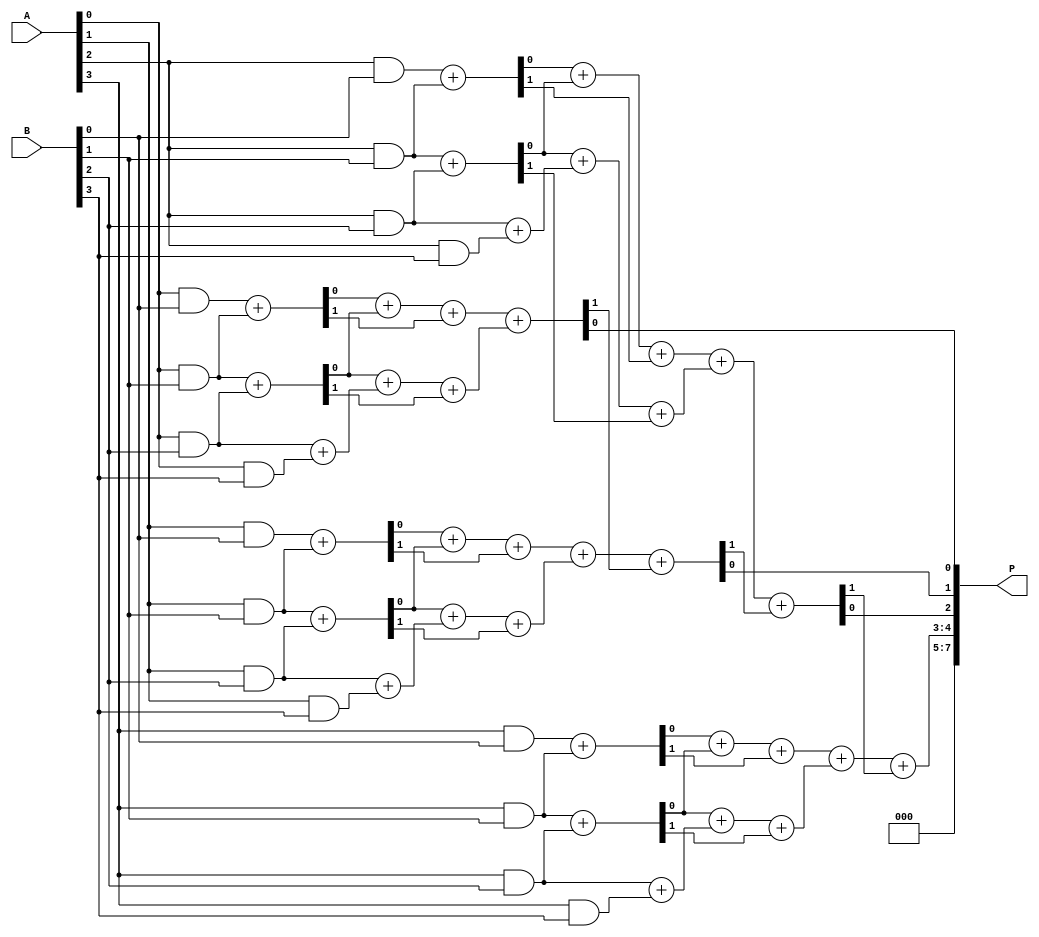
module WallaceTreeMultiplier #(parameter N = 4) (
    input [N-1:0] A,
    input [N-1:0] B,
    output [2*N-1:0] P
);

    // Generate partial products
    wire [N-1:0] pp [N-1:0]; // Partial products
    genvar i, j;
    generate
        for (i = 0; i < N; i = i + 1) begin: pp_gen
            for (j = 0; j < N; j = j + 1) begin: pp_bit
                assign pp[i][j] = A[j] & B[i];
            end
        end
    endgenerate

    // Wallace Tree Reduction
    wire [N-1:0] sum [N-1:0];
    wire [N-1:0] carry [N-1:0];
    wire [N-1:0] temp_sum [N-1:0];
    wire [N-1:0] temp_carry [N-1:0];

    // Level 1: Combine partial products using half adders and full adders
    generate
        for (i = 0; i < N-1; i = i + 1) begin: level1
            if (i < N-1) begin
                // Half Adder for pairs of bits
                assign {carry[i][0], sum[i][0]} = pp[i][0] + pp[i+1][0];
                assign {carry[i][1], sum[i][1]} = pp[i][1] + pp[i+1][1];
                assign {carry[i][2], sum[i][2]} = pp[i][2] + pp[i+1][2];
                assign {carry[i][3], sum[i][3]} = pp[i][3] + pp[i+1][3];
            end
        end
    endgenerate

    // Level 2: Continue combining the outputs
    generate
        for (i = 0; i < N-2; i = i + 1) begin: level2
            assign {temp_carry[i][0], temp_sum[i][0]} = sum[i][0] + sum[i+1][0] + carry[i][0];
            assign {temp_carry[i][1], temp_sum[i][1]} = sum[i][1] + sum[i+1][1] + carry[i][1];
            assign {temp_carry[i][2], temp_sum[i][2]} = sum[i][2] + sum[i+1][2] + carry[i][2];
            assign {temp_carry[i][3], temp_sum[i][3]} = sum[i][3] + sum[i+1][3] + carry[i][3];
        end
    endgenerate

    // Final Level: Sum the last two rows of bits
    wire [2*N-1:0] final_sum;
    wire [2*N-1:0] final_carry;

    assign {final_carry[0], final_sum[0]} = temp_sum[0][0] + temp_sum[1][0];
    assign {final_carry[1], final_sum[1]} = temp_sum[0][1] + temp_sum[1][1] + final_carry[0];
    assign {final_carry[2], final_sum[2]} = temp_sum[0][2] + temp_sum[1][2] + final_carry[1];
    assign {final_carry[3], final_sum[3]} = temp_sum[0][3] + temp_sum[1][3] + final_carry[2];

    // Final product
    assign P = {final_carry[3], final_sum[3], final_sum[2], final_sum[1], final_sum[0]};

endmodule